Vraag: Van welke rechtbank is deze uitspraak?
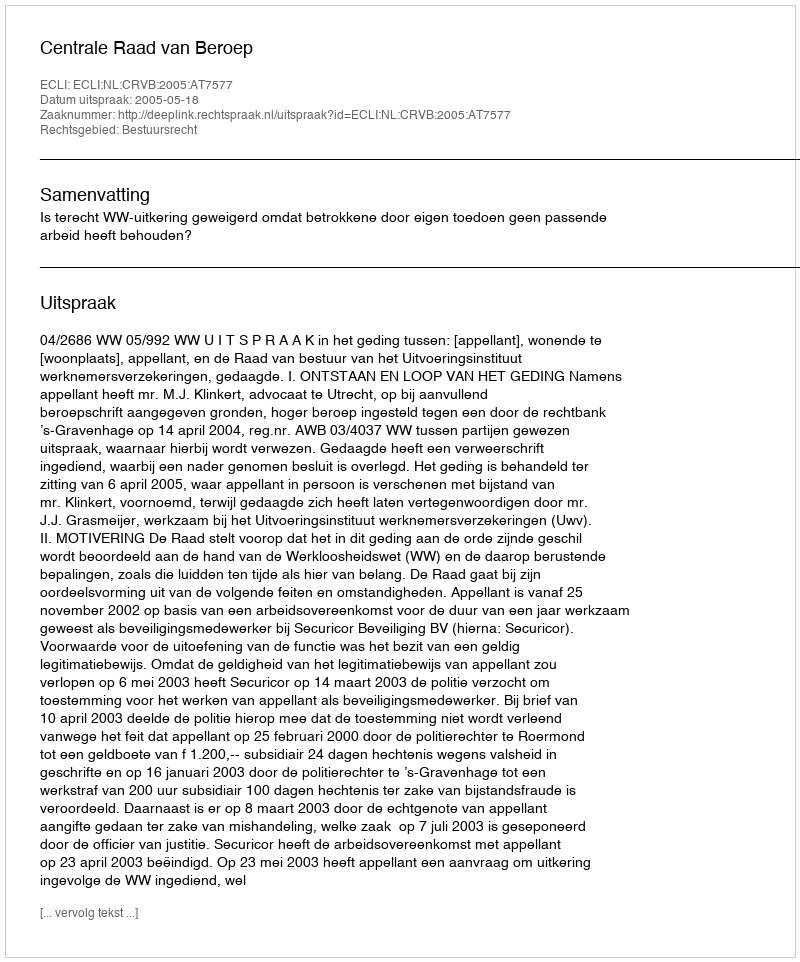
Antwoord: Centrale Raad van Beroep